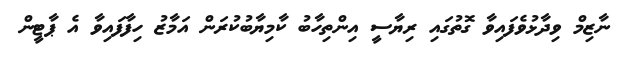
ނާޒިމް ވިދާޅުވެފައިވާ ގޮތުގައި ރިޔާސީ އިންތިހާބު ކާމިޔާބުކުރަން އަމާޒު ހިފާފައިވާ އެ ޕާޓީން